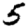
Digit: 5